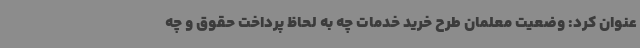
عنوان کرد: وضعیت معلمان طرح خرید خدمات چه به لحاظ پرداخت حقوق و چه